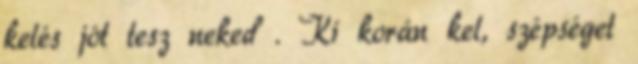
kelés jót tesz neked . Ki korán kel, szépséget